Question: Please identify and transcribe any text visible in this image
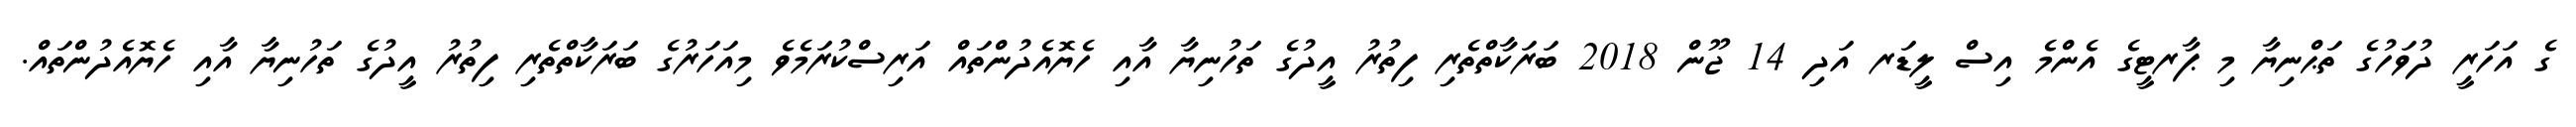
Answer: ގެ އަހަރީ ދުވަހުގެ ތަޙްނިޔާ މި ޕާރޓީގެ އެންމެ އިސް ލީޑަރ އަދި 14 ޖޫން 2018 ބަރަކާތްތެރި ފިތުރު އީދުގެ ތަހުނިޔާ އާއި ހެޔޮއެދުންތައް އަރިސްކުރަމެވެ މިއަހަރުގެ ބަރަކާތްތެރި ފިތުރު އީދުގެ ތަހުނިޔާ އާއި ހެޔޮއެދުންތައް.